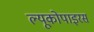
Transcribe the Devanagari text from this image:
ल्यूकोपाइरस